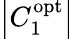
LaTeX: \left|{C_{1}^{\mathrm{{opt}}}}\right|